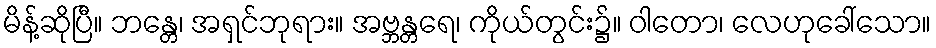
မိန့်ဆိုပြီ။ ဘန္တေ၊ အရှင်ဘုရား။ အဗ္ဘန္တရေ၊ ကိုယ်တွင်း၌။ ဝါတော၊ လေဟုခေါ်သော။